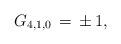
LaTeX: \begin{align*}G_{4,1,0}\,=\,\pm\,1,\end{align*}